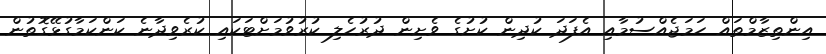
އިންތިޒާމްތައް ހަމަޖެއްސުމާއި އެފަދަ ކުދިން ކުށުގެ ވެށިން ދުރުހެލި ކުރުވުމަށްޓަކައި ކުރެވިދާނެ ކަންކަމާގުޅޭގޮތުން